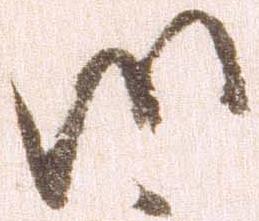
御